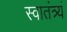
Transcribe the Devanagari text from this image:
स्वातंत्र्यं